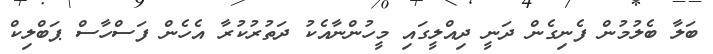
ބަލާ ބެލުމުން ފެނިގެން ދަނީ ދިއްލީގައި މީހުންނާއެކު ދަތުރުކުރާ އެހެން ފަސްހާސް ޕަބްލިކް